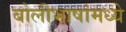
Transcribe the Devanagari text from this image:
बोलीभाषांमध्ये